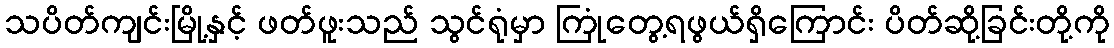
သပိတ်ကျင်းမြို့နှင့် ဖတ်ဖူးသည် သွင်ရုံမှာ ကြုံတွေ့ရဖွယ်ရှိကြောင်း ပိတ်ဆို့ခြင်းတို့ကို